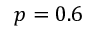
p = 0 . 6